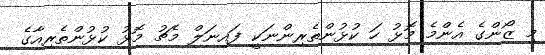
މި ޒޯންގެ އެންމެ މޮޅު ހަ ކުޅުންތެރިންނަކީ ފައިނަލް މެޗު މޮޅު ކުޅުންތެރިއާގެ